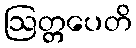
ဩတ္တပေတိ